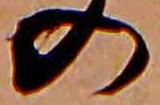
の